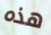
هذه